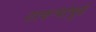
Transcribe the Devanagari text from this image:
ठाकऱ्यांपुढे